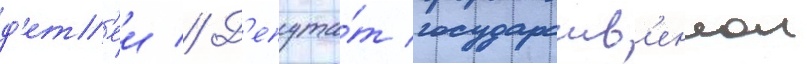
д'ет'еи // Д'епута́т государств'еннои